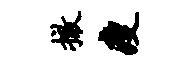
撤瘦